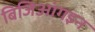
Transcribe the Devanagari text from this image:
बिजिआंगइन